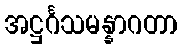
အဋ္ဌင်္ဂသမန္နာဂတာ